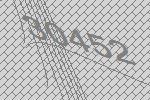
30452